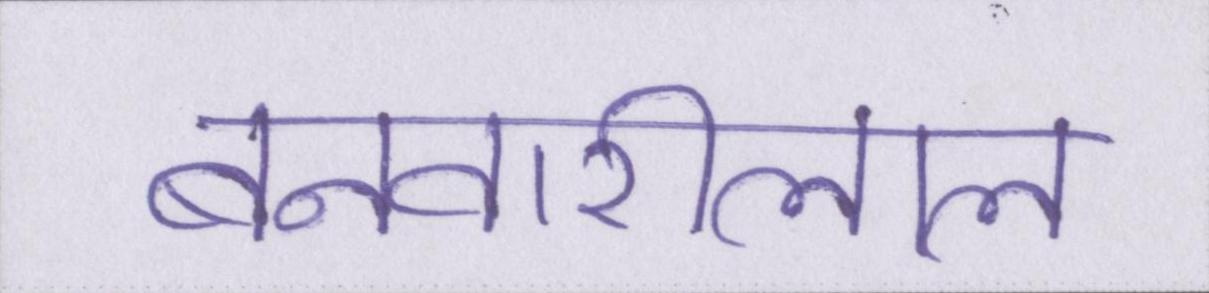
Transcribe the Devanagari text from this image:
बनवारीलाल